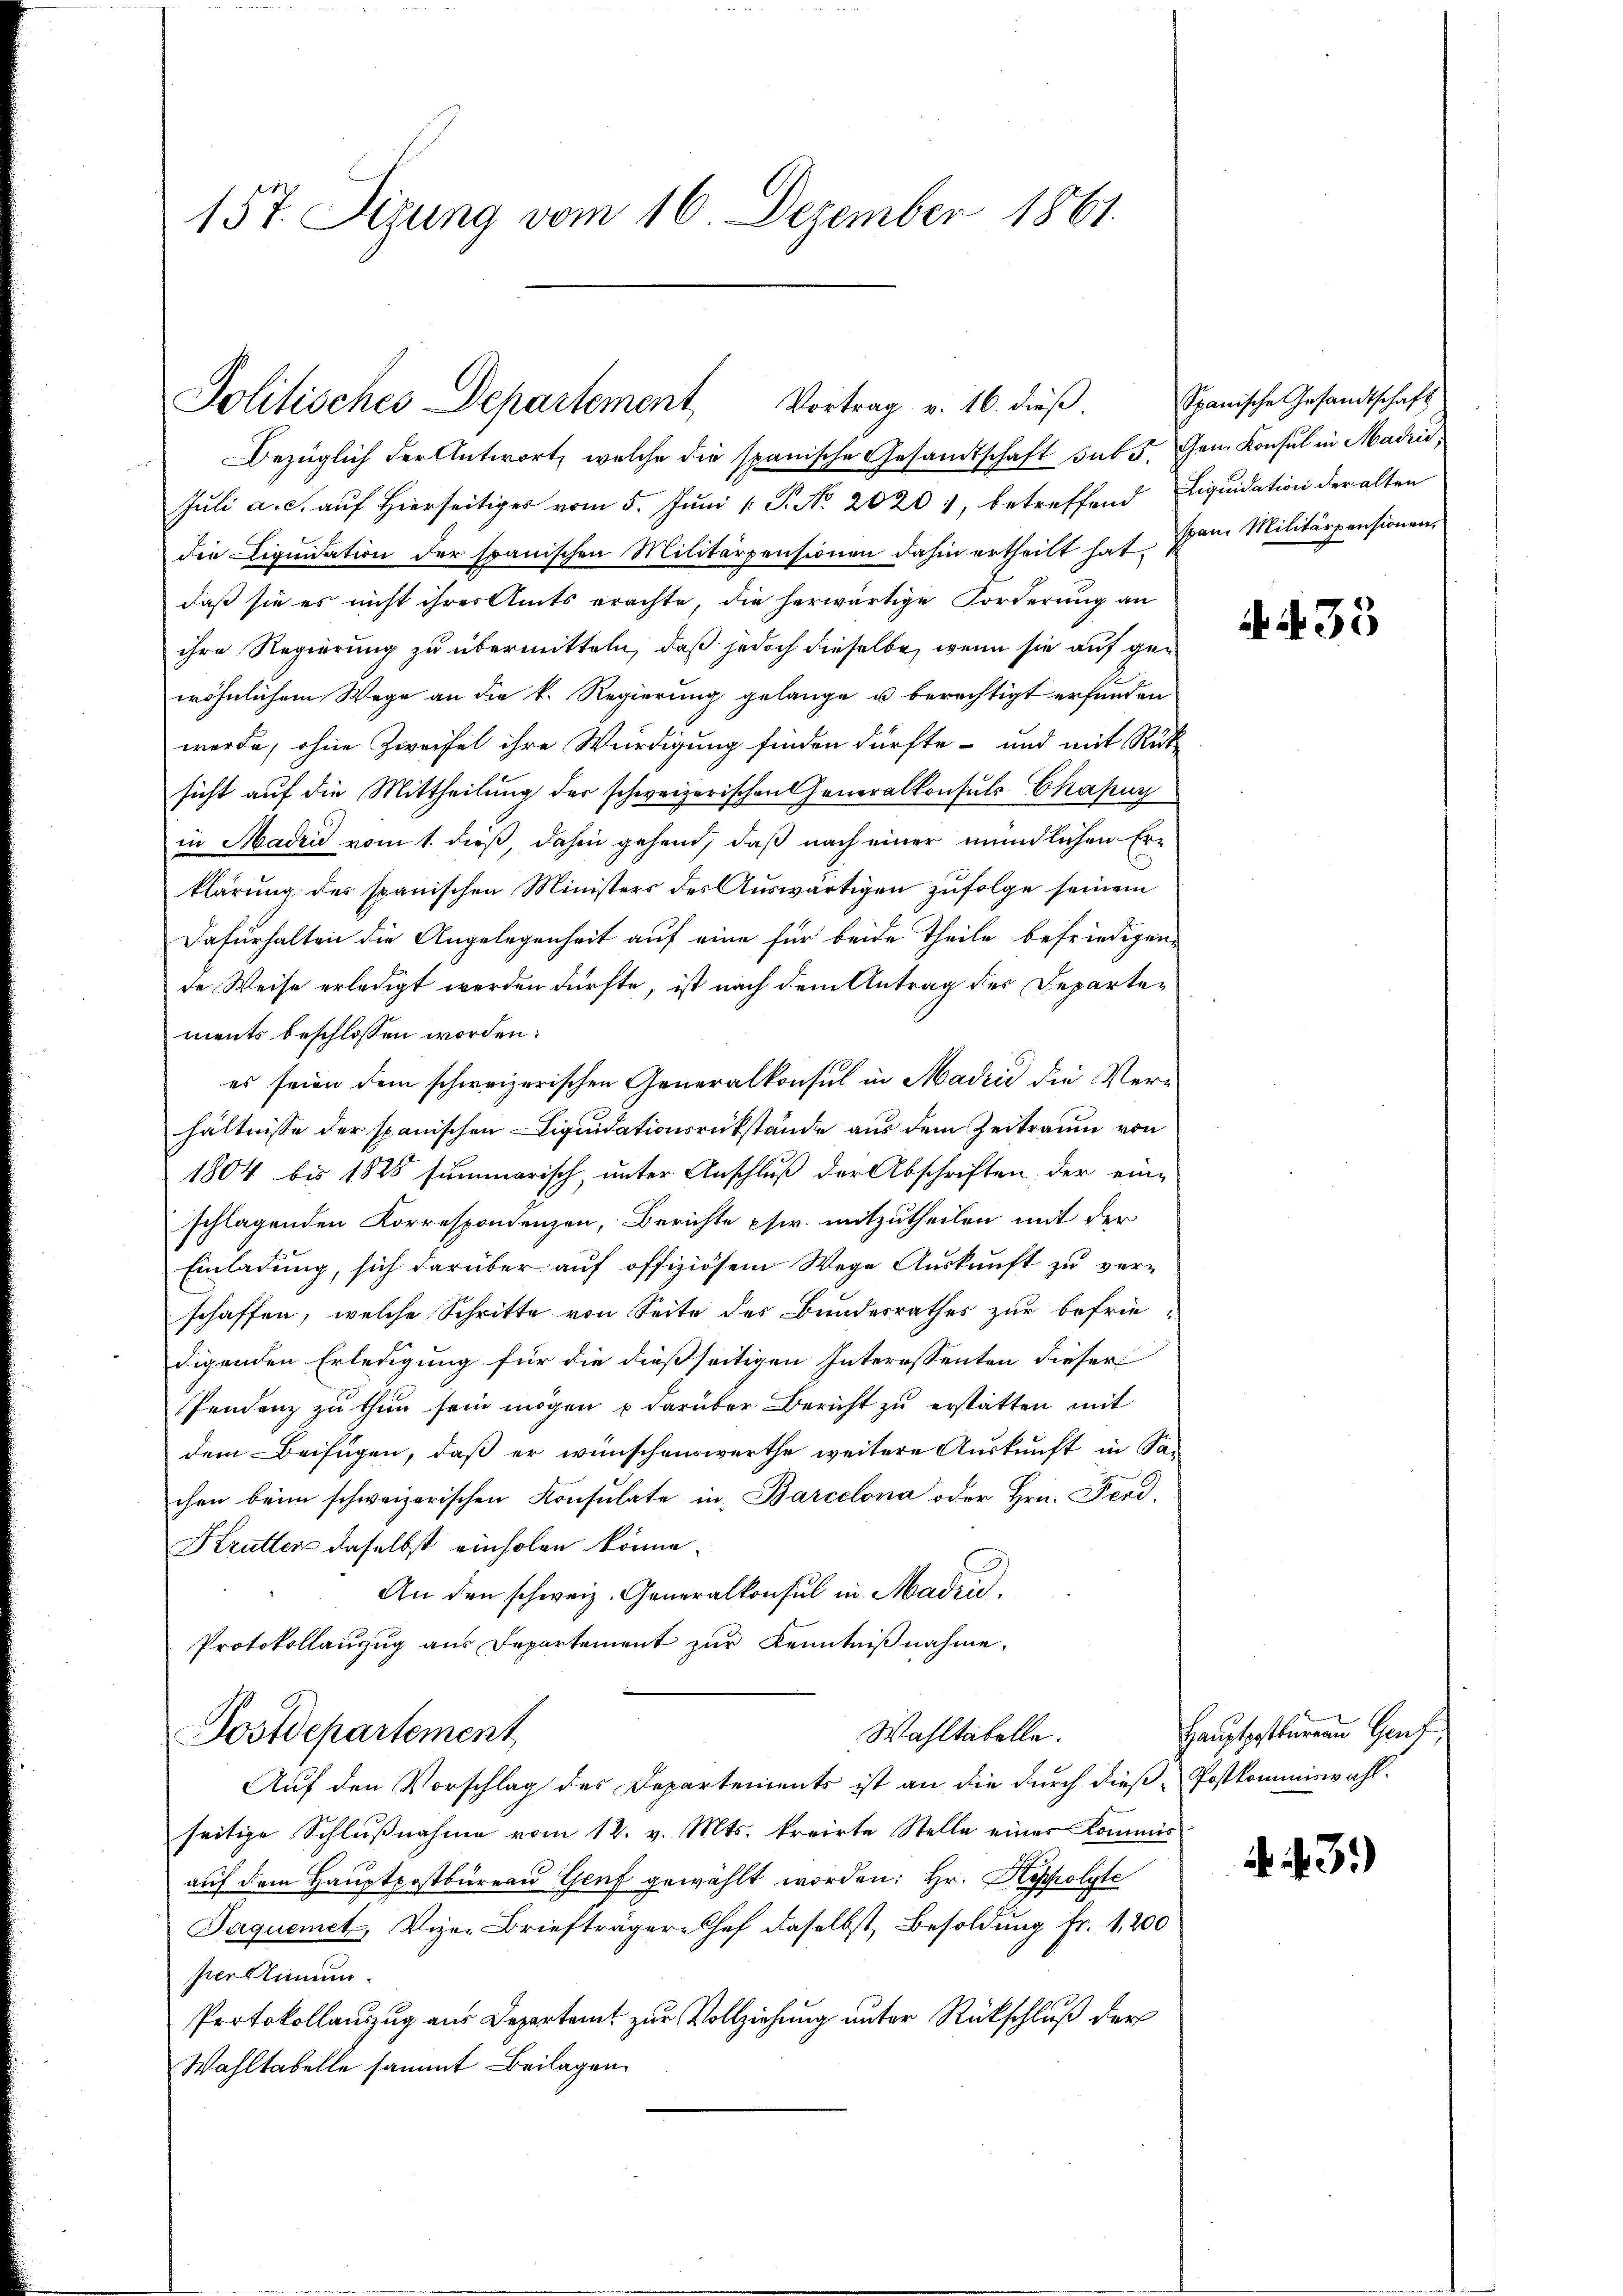
157. Sizung vom 16. Dezember 1861

Politisches Departement Vortrag v. 16. dieß.

Bezüglich der Antwort, welche die spanische Gesandtschaft sub 5. Gen. Konsul in Madri
Juli a. c. auf Hierseitiger vom 5. Juni v. P. No. 20201, betreffend Liquidation der alten
die Liquidation der spanischen Militärpensionen dahin ertheilt hat. Vom Militärpensionen
daß sie es nicht ihres Amts erachte, die herwärtige Forderung an
ihre Regierung zu übermitteln, daß jedoch dieselbe, wenn sie auf gewöhnlichem Wege an die k. Regierung gelange u berechtigt erfunden
werde, ohne Zweifel ihre Würdigung finden dürfte - und mit Rück-
sicht auf die Mittheilung der schweizerischen Generalkonsuls Chapun
in Madrid vom 1. dieß, dahin gehend, daß nach einer mündlichen Er-
klärung des spanischen Ministers des Auswärtigen zufolge seinem
Dafürhalten die Angelegenheit auf eine für beide Theile befriedigen-
de Weise erledigt werden dürfte, ist nach dem Antrag des Departements beschlossen worden:
es seien dem schweizerischen Generalkonsul in Madrid die Verhältnisse der spanischen Liquidationsrükstände aus dem Zeitraum von
1804 bis 1828 summarisch, unter Anschluß der Abschriften, der ein-
schlagenden Korresponienzen, Berichte phwr. mitzutheilen mit der
Einladung, sich darüber auf offiziösem Wege Auskunft zu ver-
schaffen, welche Schritte von Seite des Bundesrathes zur befriedigenden Erledigung für die dießseitigen Interessenten dieser
Pendenz zu thun sein mögen u darüber Bericht zu erstatten mit
dem Beifügen, daß er wünschenswerthe weitere Auskunft in Sa-
chen beim schweizerischen Konsulate in Barcelona oder Hrn. Ferd.
Krutter daselbst einholen könne.
An den schweiz. Generalkonsul in Madrid.
Protokollanzug aus Departement zur Kenntnißnahme.
Wahltabelle.
Postdepartement
Auf den Vorschlag des Departements ist an die durch dieß-Postkommiswahlseitige Schlußnahme vom 12. v. Mts. kreirte Stelle einer Kommis
aŭf dem Hauptpostbüreau Genf gewählt worden: Hr. Hepolyte
Jaquemet, Vize-Briefträgere Chef daselbst, Besoldung fr. 1,200
per Clinnen.
Protokollauszug aus Departeit zur Vollziehung unter Rückschluß der
Wahltabelle sammt Beilagen.

Spanische Gesandtschaft

A N. 33

Hauptpostbureau Genf

. 43.)